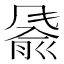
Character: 𬲂